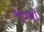
ભૂજથી